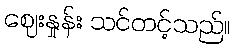
ဈေးနှုန်း သင်တင့်သည်။